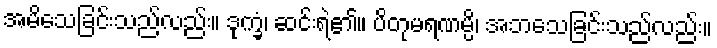
အမိသေခြင်းသည်လည်း။ ဒုက္ခံ၊ ဆင်းရဲ၏။ ပိတုမရဏမ္ပိ၊ အဘသေခြင်းသည်လည်း။